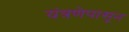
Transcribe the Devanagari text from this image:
यंत्रणेपासून